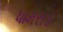
ધામરાડ